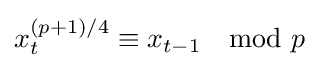
x_{t}^{(p+1)/4}\equiv x_{t-1}\mod {p}